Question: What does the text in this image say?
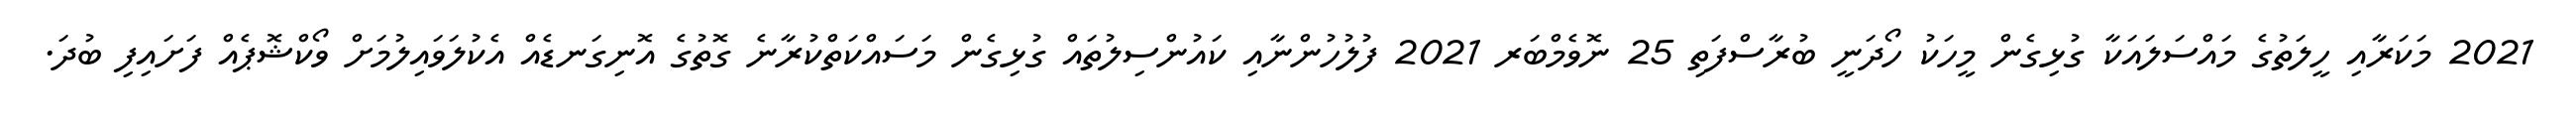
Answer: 2021 މަކަރާއި ހީލަތުގެ މައްސަލައަކާ ގުޅިގެން މީހަކު ހޯދަނީ ބުރާސްފަތި 25 ނޮވެމްބަރ 2021 ފުލުހުންނާއި ކައުންސިލުތައް ގުޅިގެން މަސައްކަތްކުރާނެ ގޮތުގެ އޮނިގަނޑެއް އެކުލަވައިލުމަށް ވޯކްޝޮޕެއް ފަށައިފި ބުދަ.